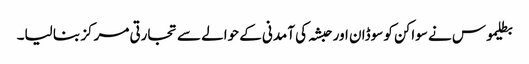
بطلیموس نے سواکن کو سوڈان اور حبشہ کی آمدنی کے حوالے سے تجارتی مرکز بنا لیا۔